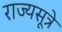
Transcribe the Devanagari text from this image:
राज्यसूत्रे